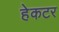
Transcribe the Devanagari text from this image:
हेकटर